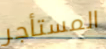
المستأجر